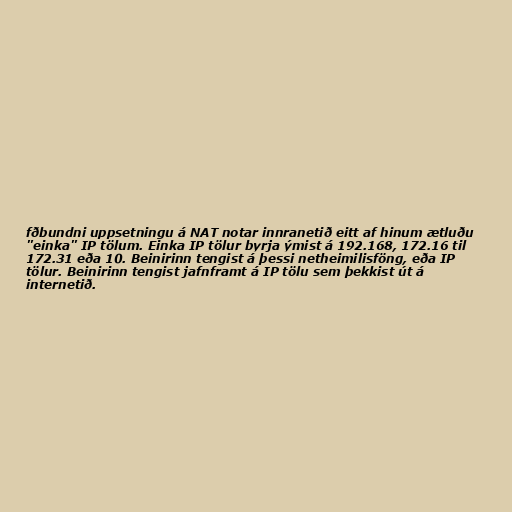
fðbundni uppsetningu á NAT notar innranetið eitt af hinum ætluðu
"einka" IP tölum. Einka IP tölur byrja ýmist á 192.168, 172.16 til
172.31 eða 10. Beinirinn tengist á þessi netheimilisföng, eða IP
tölur. Beinirinn tengist jafnframt á IP tölu sem þekkist út á
internetið.